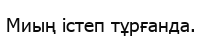
Миың істеп тұрғанда.